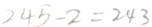
2 4 5 - 2 = 2 4 3